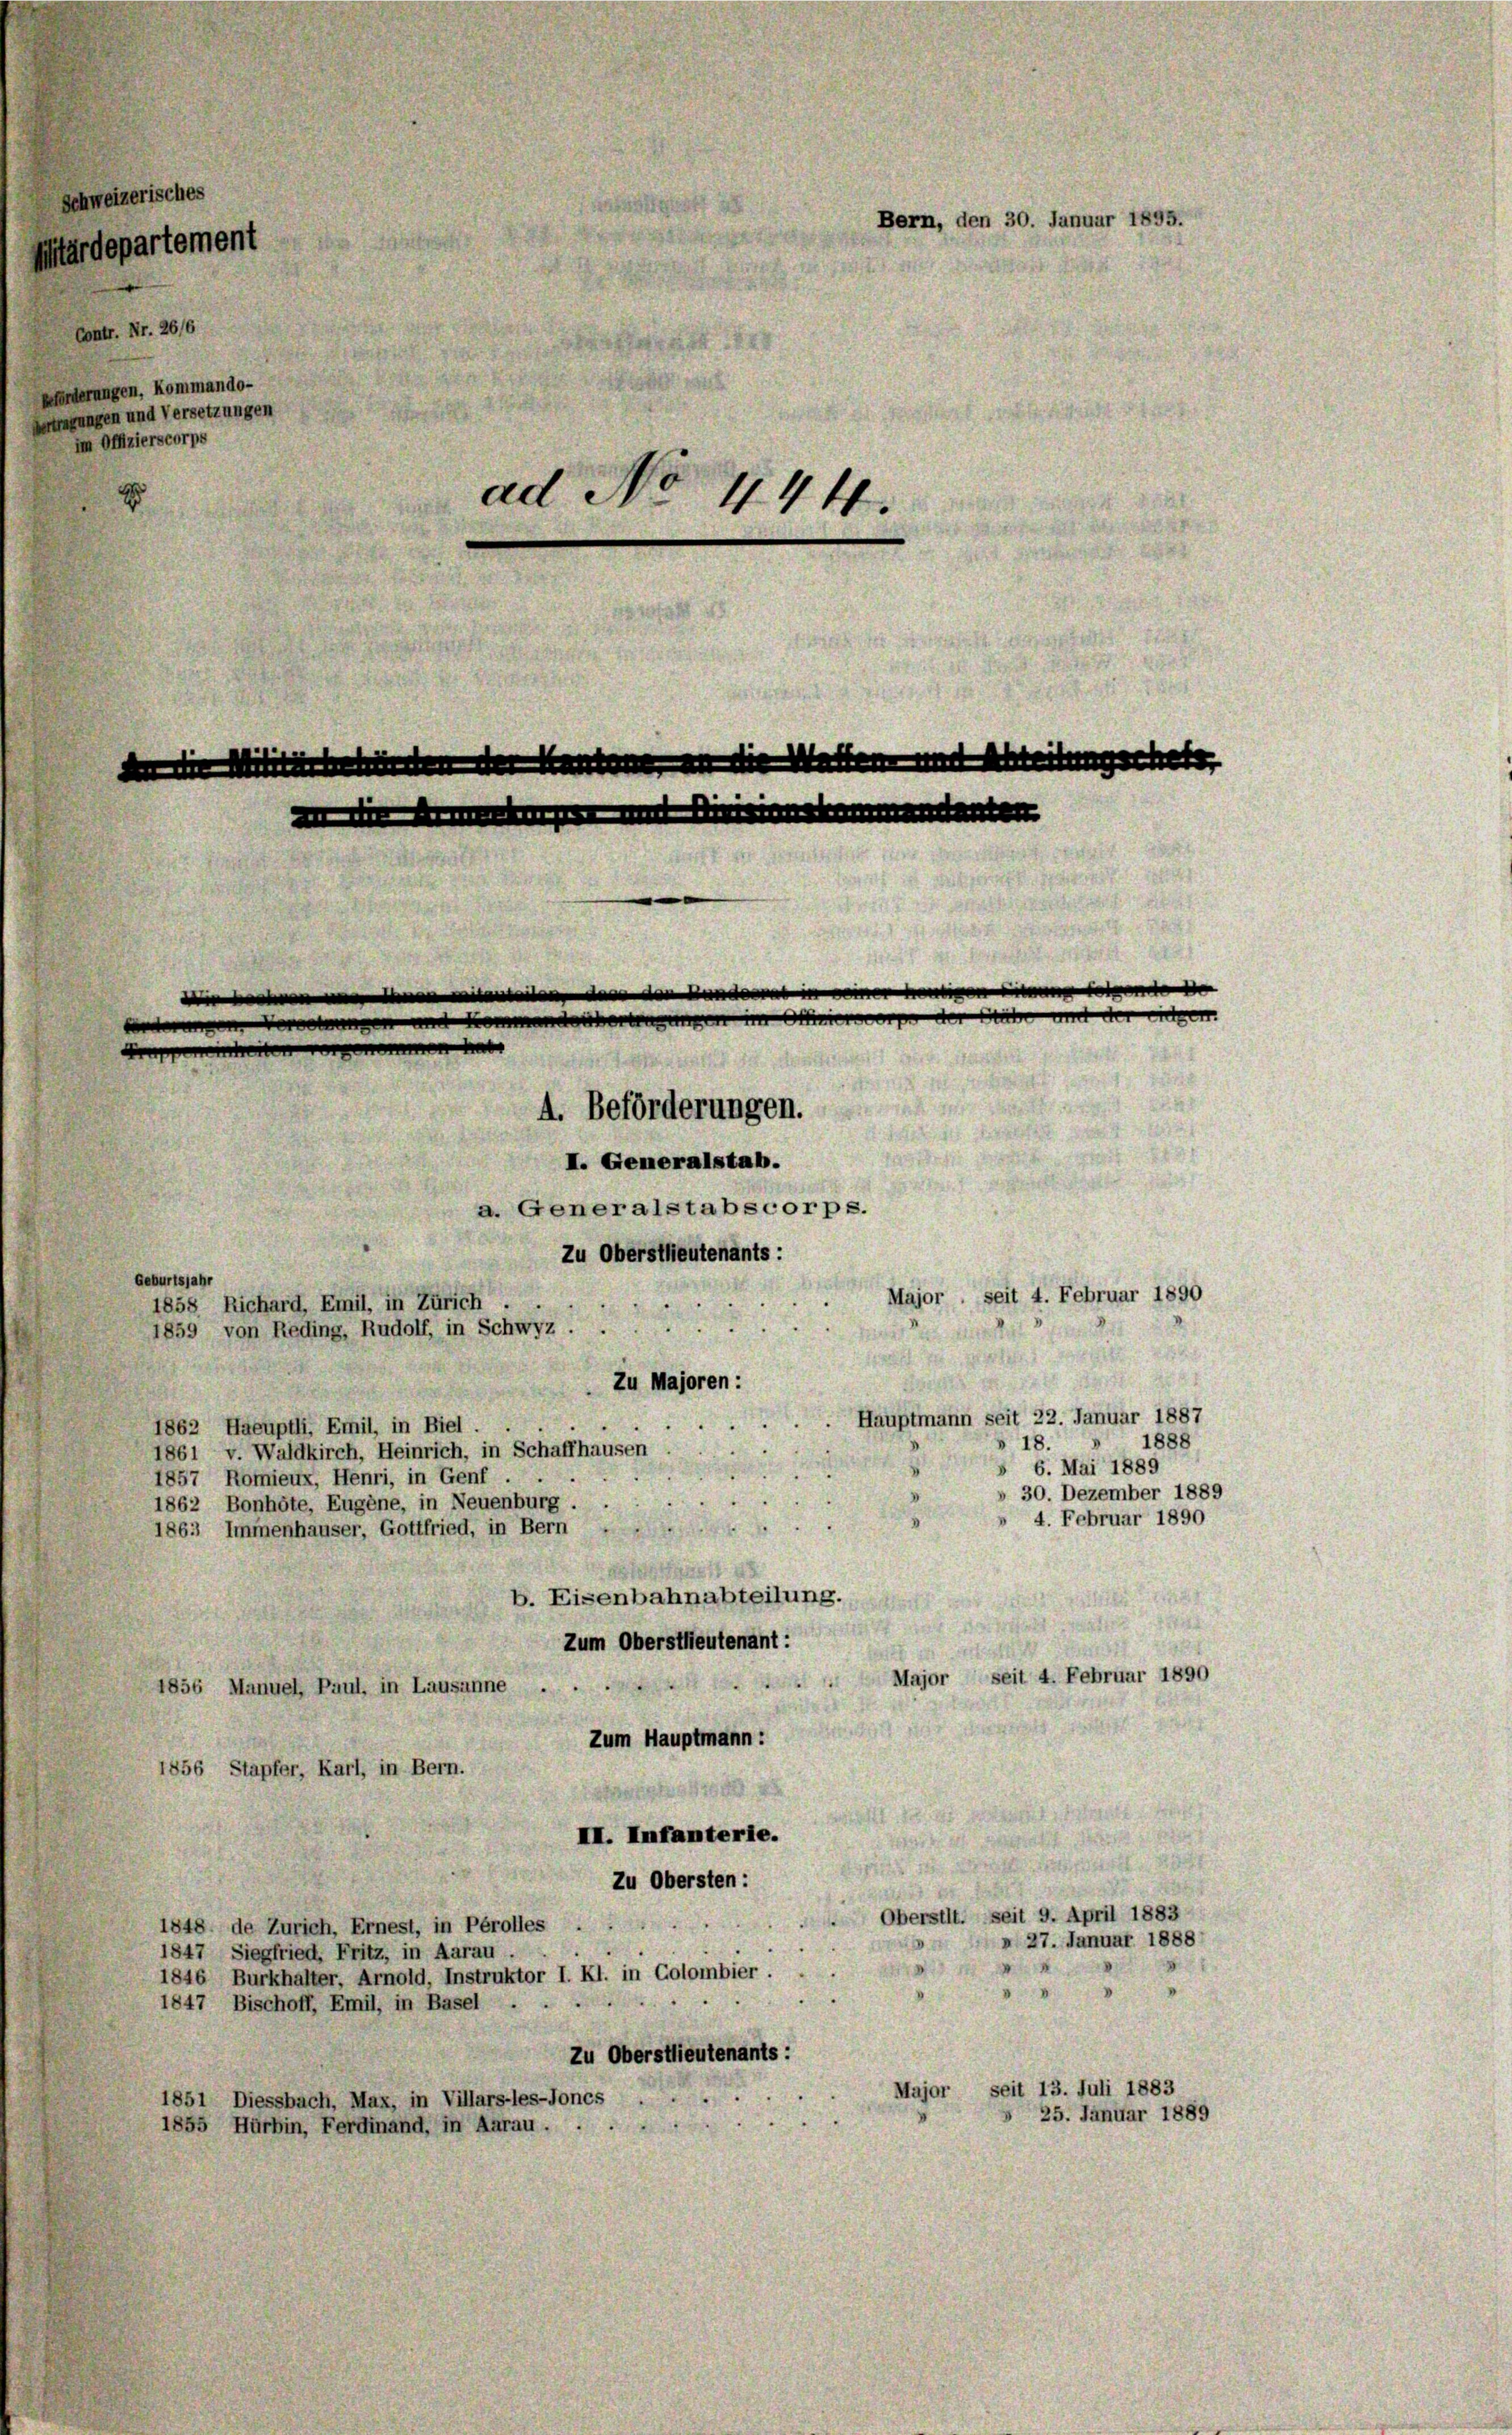
schweizerisches
Mitärdepartement
Contr. Nr. 26/6
beförderungen, kommando-
Vertragungen und Versetzungen
im Offizierscorps

Bern, den 30. Januar 1895.
1.
ad No 444.
An die Militärkunden an die Walten und Ableitungschaft,
ikt
ete de
ih den den Handen

I. Generalstab.
a. Generalstabscorps.
Zu Oberstlieutenants:
Geburtsjahr
Major, seit 4. Februar 1890
Zu Majoren:
Hauptmann seit 22. Januar 1887
1862 Haeuptli, Emil, in Biel.
1888
18.
1861 v. Waldkirch, Heinrich, in Schaffhausen
6. Mai 1889
1857 Romieux, Henri, in Genf .
» 30. Dezember 1889
1862 Bonhöte, Eugene, in Neuenburg.
» 4. Februar 1890
1863 Immenhäuser, Gottfried, in Bern
b. Eisenbahnabteilung.
Zum Oberstlieutenant:
Major seit 4. Februar 1890
1856 Manuel, Paul, in Lausanne .
Zum Hauptmann:
1856 Stapfer, Karl, in Bern.
II. Infanterie.
Zu Obersten:
Oberstit. Seit 9. April 1883
1848 de Zürich, Ernest, in Perolles
 27. Januar 1888
1847 Siegfried, Fritz, in Aarau .
1846 Burkhalter, Arnold, Instruktor I. Kl. in Colombier.
1847 Bischoff, Emil, in Basel
Zu Oberstlieutenants:
Major seit 13. Juli 1883
1851 Diessbach, Max, in Villars-les-Joncs
 25. Januar 1889
1855 Hürbin, Ferdinand, in Aarau .

1858 Richard, Emil, in Zürich
1859 von Reding, Rudolf, in Schwyz.

A. Beförderungen.